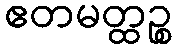
ဧတမတ္ထဉ္စ